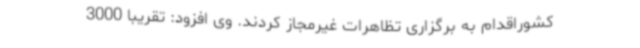
کشوراقدام به برگزاری تظاهرات غیرمجاز کردند. وی افزود: تقریباً 3000